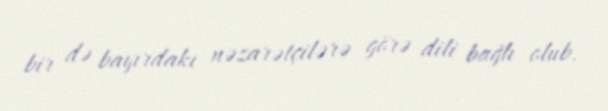
bir də bayırdakı nəzarətçilərə görə dili bağlı olub.